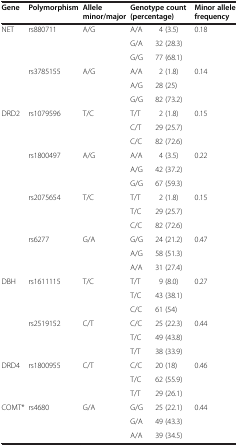
<table><thead><tr><td><b>Gene</b></td><td><b>Polymorphism</b></td><td><b>Allele minor/major</b></td><td colspan="2"><b>Genotype count (percentage)</b></td><td><b>Minor allele frequency</b></td></tr></thead><tbody><tr><td>NET</td><td>rs880711</td><td>A/G</td><td>A/A</td><td>4 (3.5)</td><td>0.18</td></tr><tr><td> </td><td> </td><td> </td><td>G/A</td><td>32 (28.3)</td><td> </td></tr><tr><td> </td><td> </td><td> </td><td>G/G</td><td>77 (68.1)</td><td> </td></tr><tr><td> </td><td>rs3785155</td><td>A/G</td><td>A/A</td><td>2 (1.8)</td><td>0.14</td></tr><tr><td> </td><td> </td><td> </td><td>A/G</td><td>28 (25)</td><td> </td></tr><tr><td> </td><td> </td><td> </td><td>G/G</td><td>82 (73.2)</td><td> </td></tr><tr><td>DRD2</td><td>rs1079596</td><td>T/C</td><td>T/T</td><td>2 (1.8)</td><td>0.15</td></tr><tr><td> </td><td> </td><td> </td><td>C/T</td><td>29 (25.7)</td><td> </td></tr><tr><td> </td><td> </td><td> </td><td>C/C</td><td>82 (72.6)</td><td> </td></tr><tr><td> </td><td>rs1800497</td><td>A/G</td><td>A/A</td><td>4 (3.5)</td><td>0.22</td></tr><tr><td> </td><td> </td><td> </td><td>A/G</td><td>42 (37.2)</td><td> </td></tr><tr><td> </td><td> </td><td> </td><td>G/G</td><td>67 (59.3)</td><td> </td></tr><tr><td> </td><td>rs2075654</td><td>T/C</td><td>T/T</td><td>2 (1.8)</td><td>0.15</td></tr><tr><td> </td><td> </td><td> </td><td>T/C</td><td>29 (25.7)</td><td> </td></tr><tr><td> </td><td> </td><td> </td><td>C/C</td><td>82 (72.6)</td><td> </td></tr><tr><td> </td><td>rs6277</td><td>G/A</td><td>G/G</td><td>24 (21.2)</td><td>0.47</td></tr><tr><td> </td><td> </td><td> </td><td>A/G</td><td>58 (51.3)</td><td> </td></tr><tr><td> </td><td> </td><td> </td><td>A/A</td><td>31 (27.4)</td><td> </td></tr><tr><td>DBH</td><td>rs1611115</td><td>T/C</td><td>T/T</td><td>9 (8.0)</td><td>0.27</td></tr><tr><td> </td><td> </td><td> </td><td>T/C</td><td>43 (38.1)</td><td> </td></tr><tr><td> </td><td> </td><td> </td><td>C/C</td><td>61 (54)</td><td> </td></tr><tr><td> </td><td>rs2519152</td><td>C/T</td><td>C/C</td><td>25 (22.3)</td><td>0.44</td></tr><tr><td> </td><td> </td><td> </td><td>T/C</td><td>49 (43.8)</td><td> </td></tr><tr><td> </td><td> </td><td> </td><td>T/T</td><td>38 (33.9)</td><td> </td></tr><tr><td>DRD4</td><td>rs1800955</td><td>C/T</td><td>C/C</td><td>20 (18)</td><td>0.46</td></tr><tr><td> </td><td> </td><td> </td><td>T/C</td><td>62 (55.9)</td><td> </td></tr><tr><td> </td><td> </td><td> </td><td>T/T</td><td>29 (26.1)</td><td> </td></tr><tr><td>COMT*</td><td>rs4680</td><td>G/A</td><td>G/G</td><td>25 (22.1)</td><td>0.44</td></tr><tr><td> </td><td> </td><td> </td><td>G/A</td><td>49 (43.3)</td><td> </td></tr><tr><td> </td><td> </td><td> </td><td>A/A</td><td>39 (34.5)</td><td> </td></tr></tbody></table>